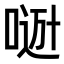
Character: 𠸼